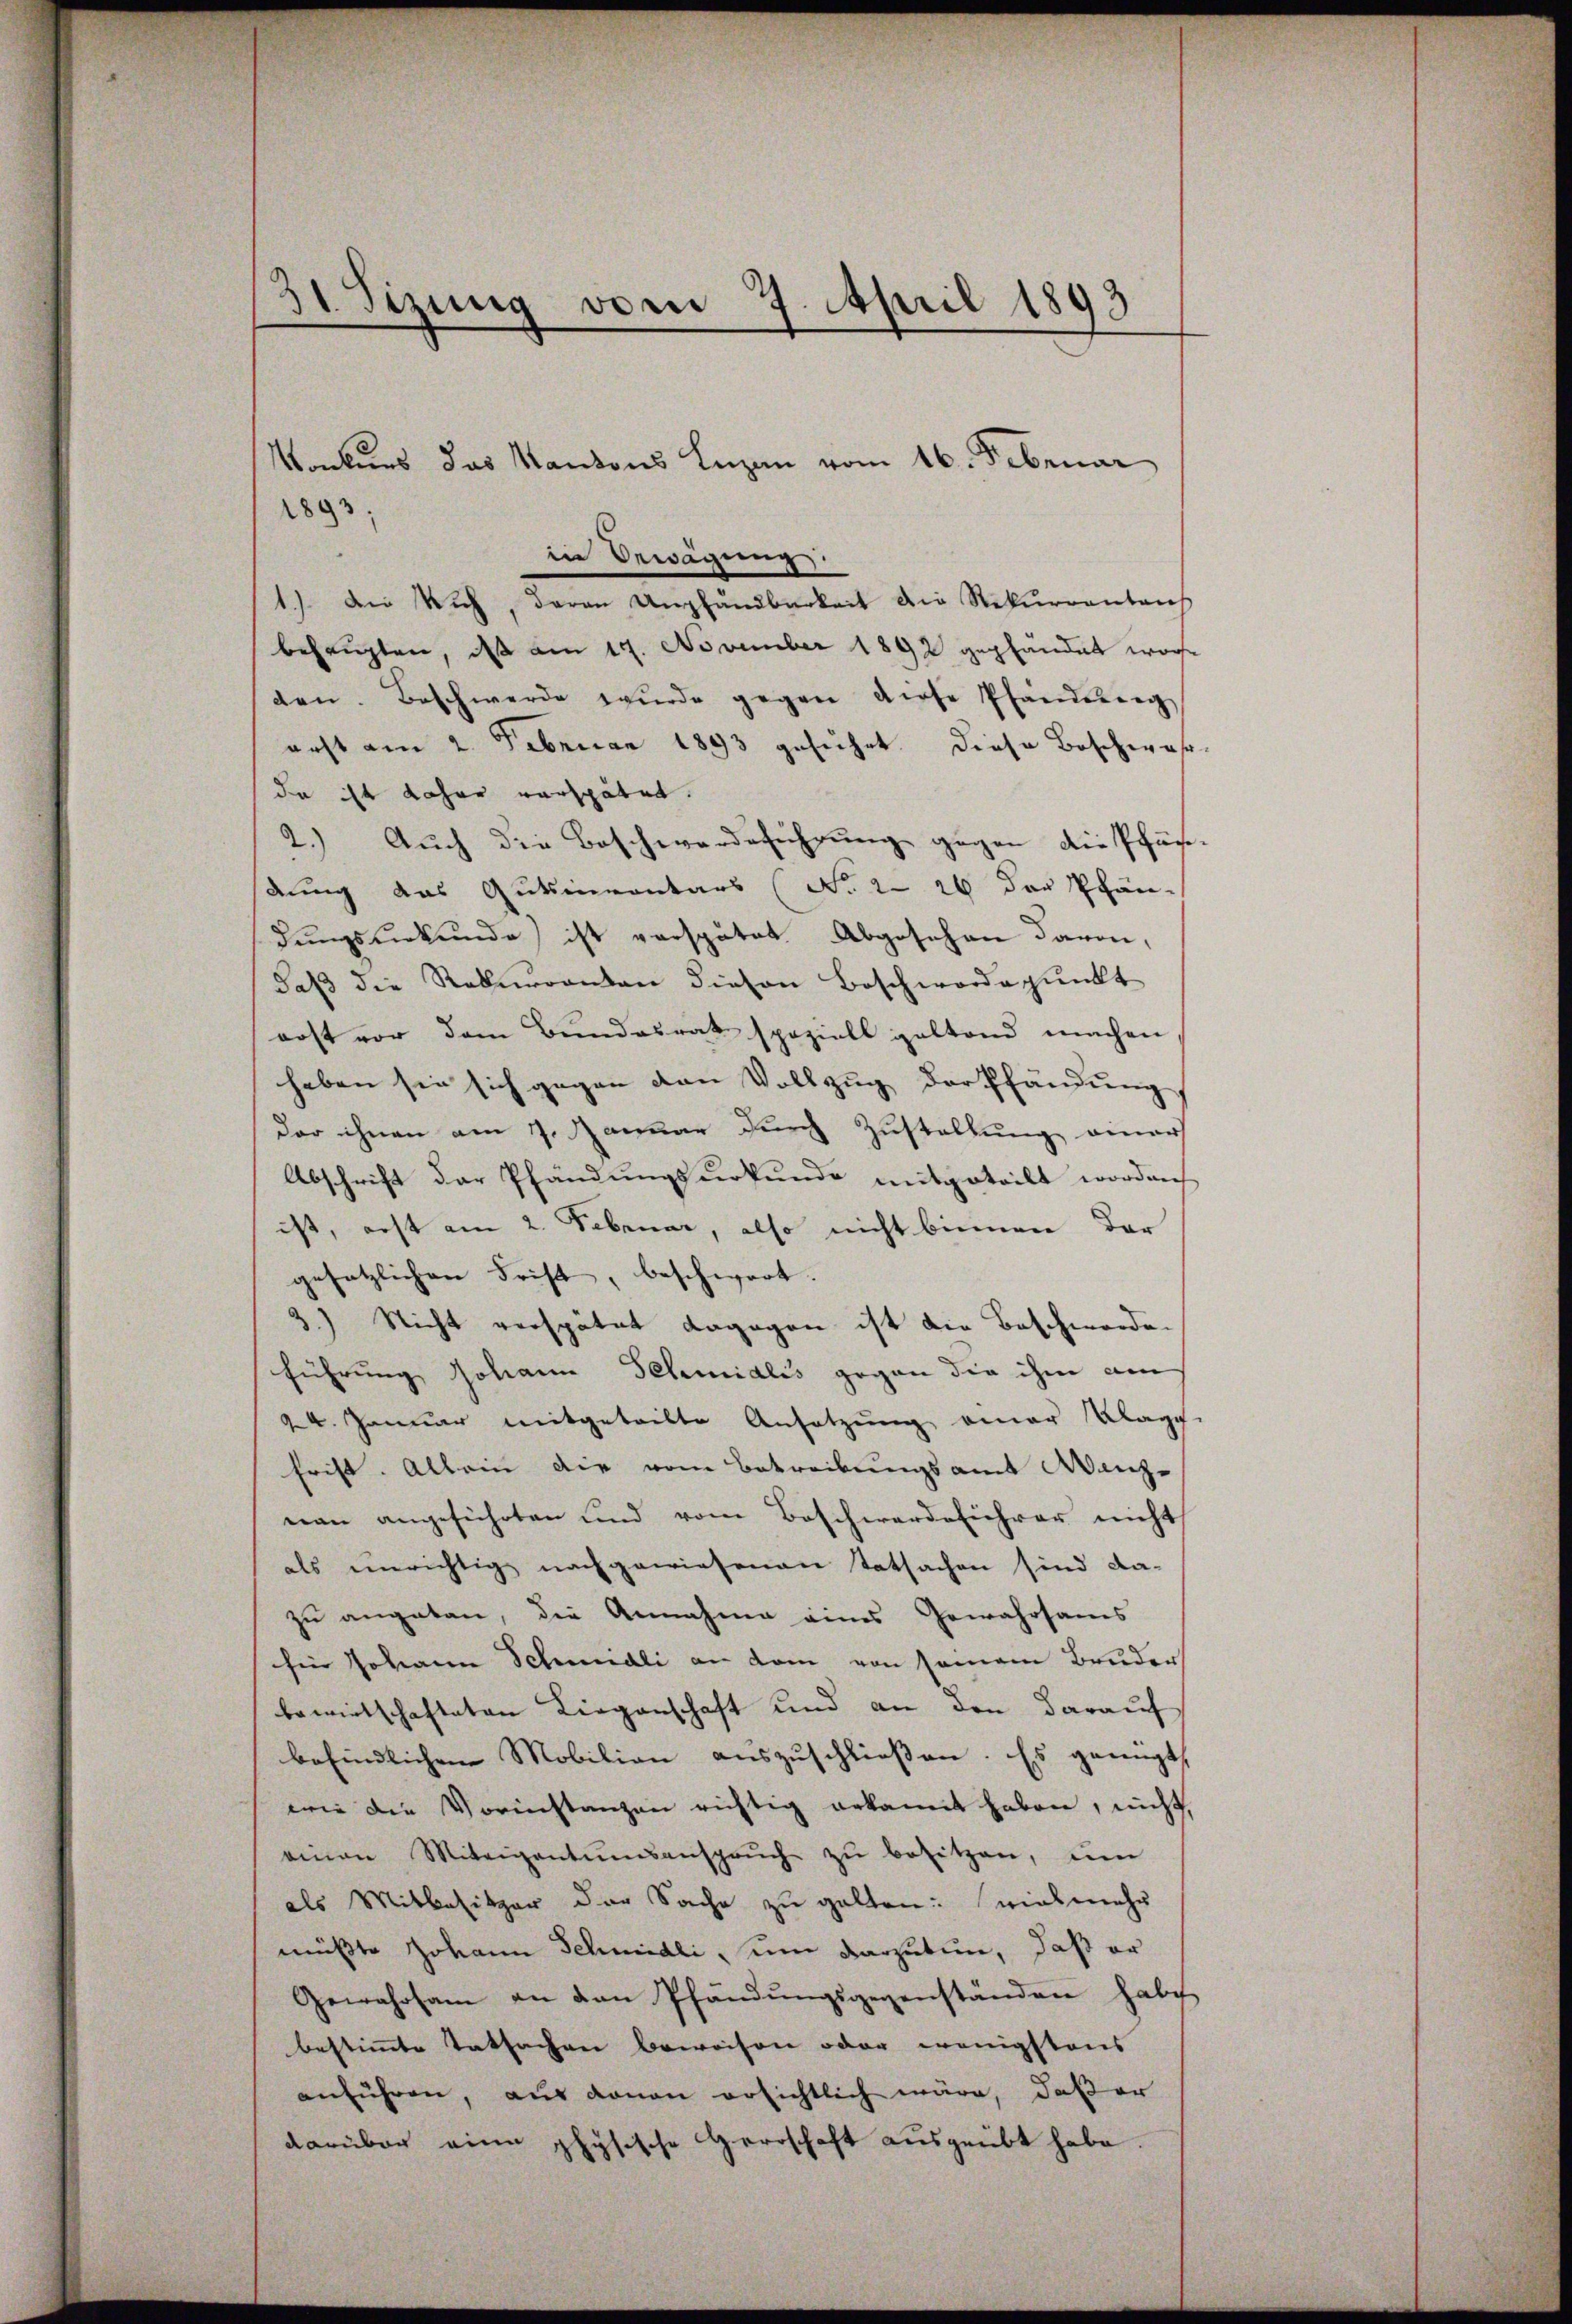
31 Sizung vom 7. April 1893

1893
in Bewägung.
1.) An Dich, daran Umpfandbarkeit die Rekurrentanh
behaupten, ds am 19. November 1892 gepfändet worden. Beschwerde wurde gegen diese Pfandeig
erst am 2. Februar 1893 geführt diese Beschwar
da ist daher verspätet.
2.) Auch die Beschwerdeführung gegen die Pfar
dung das Gutsinventars (No. 2. 20 der Phan-
dŭngsurkunde ist verspätet. Abgesehen davon,
daβ die Rekurrenten diesen Beschwerdepunkt
erst vor dem Bundesrat speziell geltend machen
haben sie sich gegen den Vollzug der Pfändung
der ihnen am 7. Januar durch Zustellung einer
Abschrift der Pfändungsurkunde mitgeteilt worden
ist, erst am 2. Februar, also nicht binnen dar
gesetzlichen Frist, beschwert. |
3.) Nicht verspätet dagegen ist die Beschwerde.
führung Johann Schmidlis gegen die ihm am
24. Januar mitgeteilte Ansetzung einer Klage
frist. Allein die vom Betreibungsamt Wanz-
nau angeführten und vom Beschwerdeführer nicht
als unrichtig nachgewiesenen Tatsachen sind da-
zu angetan, die Annahme eines Gewahrsams
für Johann Schmidli an dem von seinem Bruder
bewirtschafteten Liegenschaft und an den darauf
befindlichen Mobilien auszuschließen. Es genügt,
wie die Vorinstanzen richtig erkannt haben, nicht,
einen Miteigentumsansprŭch zŭ besitzen, ŭm
als Mitbesitzer der Sache zu galten: vielmehr
müßte Johann Schmidli, um darzutun, daß er
Gewahrsam an den Pfändŭngsgegenständen habe
bestimmte Tatsachen beweisen oder wenigstens
anführen, aus donan ersichtlich wäre, daß er
darüber eine physische Herrschaft ausgeübt habe.

Konkurs das Kantons Luzen vom 16. Februar